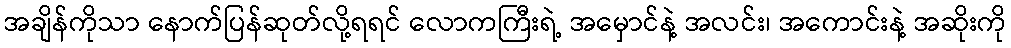
အချိန်ကိုသာ နောက်ပြန်ဆုတ်လို့ရရင် လောကကြီးရဲ့ အမှောင်နဲ့ အလင်း၊ အကောင်းနဲ့ အဆိုးကို